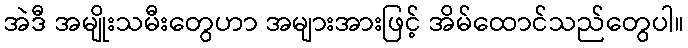
အဲဒီ အမျိုးသမီးတွေဟာ အများအားဖြင့် အိမ်ထောင်သည်တွေပါ။